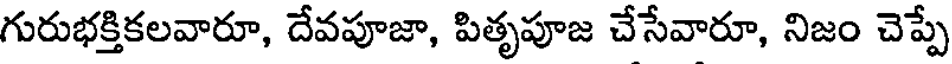
గురుభక్తికలవారూ, దేవపూజా, పితృపూజ చేసేవారూ, నిజం చెప్పే